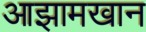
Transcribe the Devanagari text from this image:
आझामखान